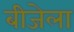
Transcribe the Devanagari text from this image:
बीजेला